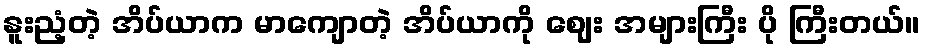
နူးညံ့တဲ့ အိပ်ယာက မာကျောတဲ့ အိပ်ယာကို ဈေး အများကြီး ပို ကြီးတယ်။